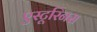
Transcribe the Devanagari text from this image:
एस्टूरिनस